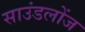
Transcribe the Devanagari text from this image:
साउंडलोंज